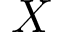
X